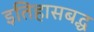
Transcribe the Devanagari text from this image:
इतिहासबद्ध